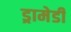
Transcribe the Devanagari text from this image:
ड्रामेडी